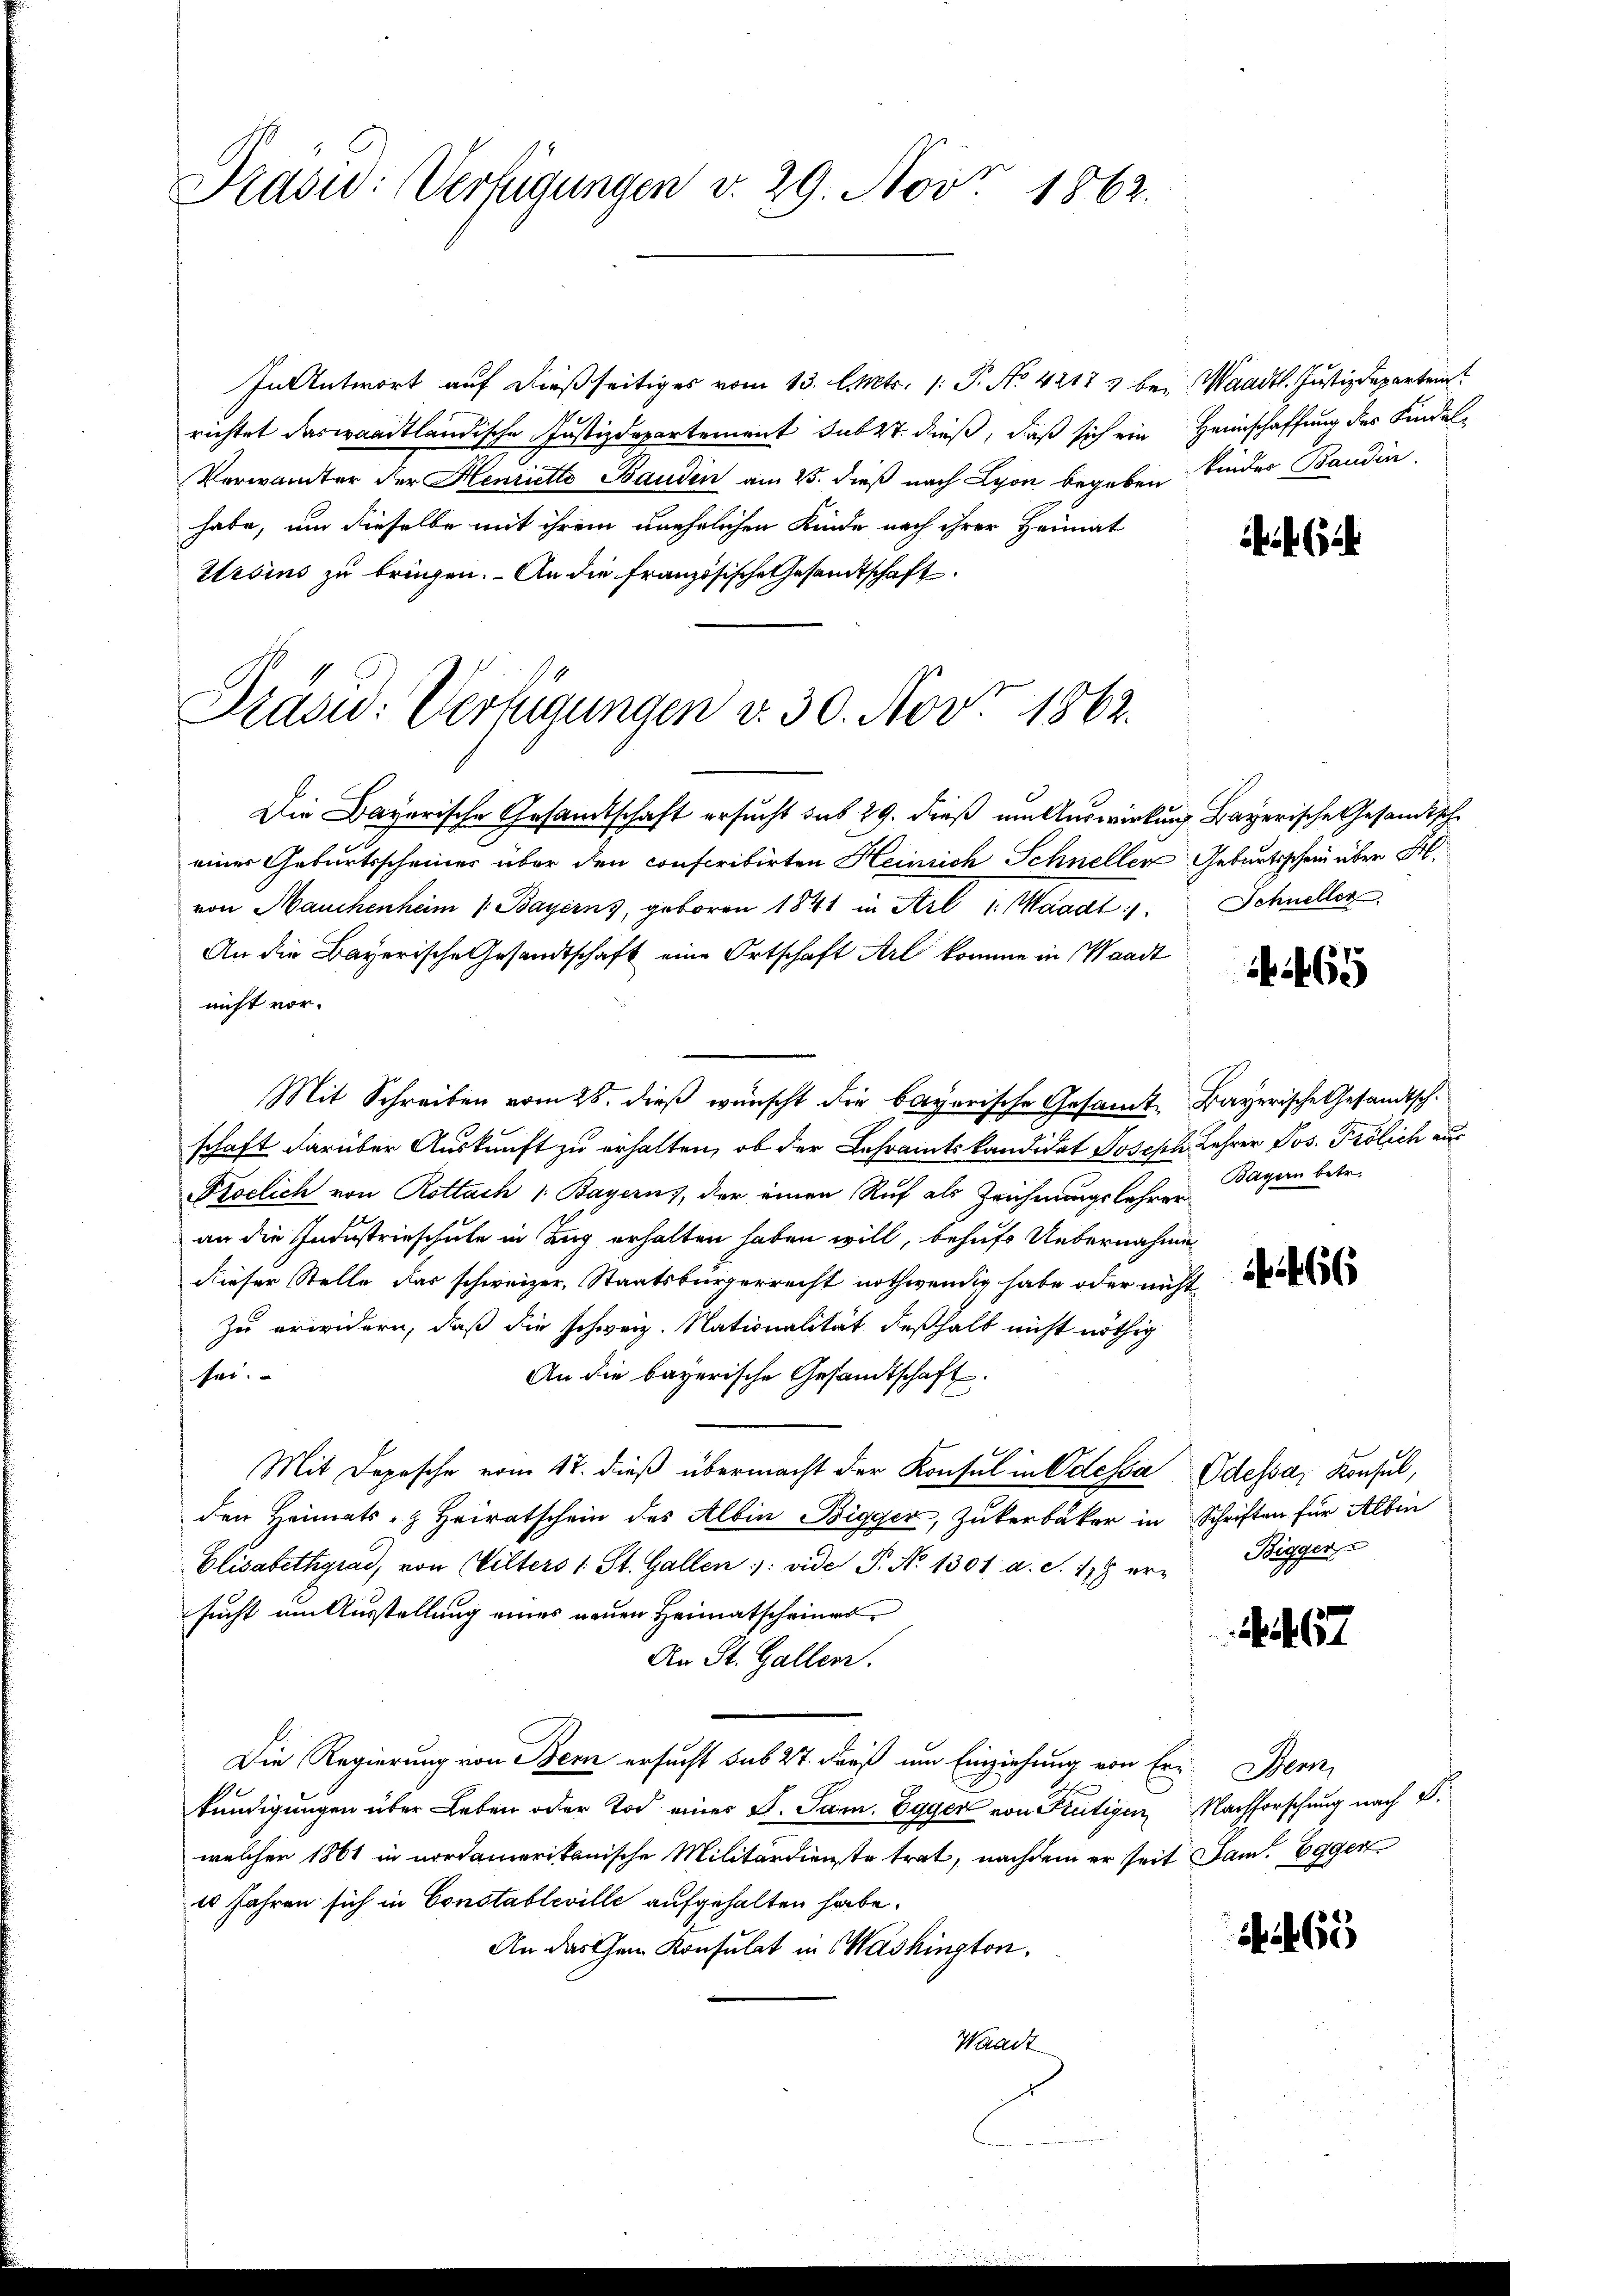
Prasid: Verfügungen v. 29. Nov. 1862.

In Antwort auf dießseitiges vom 13. l. Mts. 1. P. No 42173 bei Waadt. Justizdepartent
richtet das waadtländische Justizdepartement sub 27. dieß, daß sich ein Heimschaffung des Kindel¬
Verwandter der Henriette Bauden am 25. dieß nach Lyon begeben Kinder Baudin
habe, um dieselbe mit ihrem unehelichen Kinde nach ihrer Heimat
Ursins zu bringen. An die französische Gesandtschaft

Pras: Verfügungen v. 30. Nov. 1862.

Die Bayerische Gesamtschaft ersucht sub 29. dieß um Auswirkung Bayerische Gesandtsche
einer Geburtsscheiner über den conscritirten Heinrich Schnellen Geburtsschein über Frl.
von Manchenheim 1. Bayerns, geboren 1841 in Arl 1. Waadt: Schneller
An die Bayerische Gesandtschaft eine Ortschaft Art komme in Waadt
nicht vor.
Mit Schreiben vom 25. dieß wünscht die bayerische Gesamt Bayerische Gesandtschschaft darüber Auskunft zu erhalten, ob der Lehramtskandidat Joseph Lehrer Jos. Frölich aus
Ploclich von Rottach /: Bayern), der einen Ruf als Zeichnungslehrer
an die Industrieschule in Zug erhalten haben will, behufs Uebernahme
dieser Stelle das schweizer, Staatsbürgerrecht nothwendig habe oder nicht
Zu erwidern, daß die schweiz. Nationalität deßhalb nicht nöthig
An die bayerische Gesandtschaft
sei.
Mit Depesche vom 17. dieß übermacht der Konsul in Odessa Odessa, Konsul,
den Heimats- & Heiratschein des Albin Bigger, Zukerbäcker in Schriften für Albin
Elisabethgrad, von Wilters 1 St. Gallen : vide P. Nr. 1301, a. S. 178 ersucht um Ausstellung eines neuen Heimatscheines¬
An St. Gallen.
Die Regierung von Bern ersucht sub 27. Dieß um Einziehung von Ern. Bern,
kundigungen über Leben oder Tod eines S. Sam. Egger von Frutigen Nachforschung nach S.
welcher 1861 in nordamerikanische Militärdienste trat, nachdem er seit Jam. Egger
10 Jahren sich in Constableville aufgehalten habe.
An das Gem. Konsulat in Washington,
Waadt

465

Bayern betr.

66

Bigger

657

465